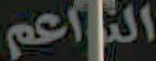
الناعم